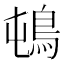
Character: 𲍛